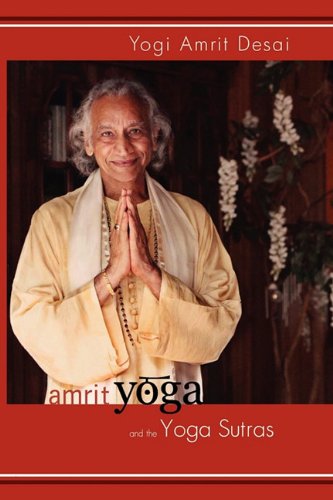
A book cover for Amrit Yoga and the Yoga Sutras; Yogi Amrit Desai; Religion & Spirituality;